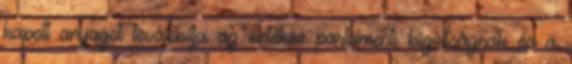
kapott anyagot továbbítja az illetékes parlamenti bizottságnak és a